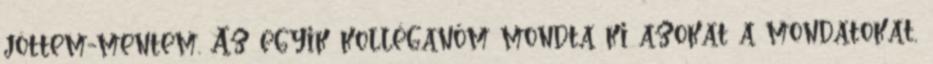
jöttem-mentem. Az egyik kolléganőm mondta ki azokat a mondatokat,